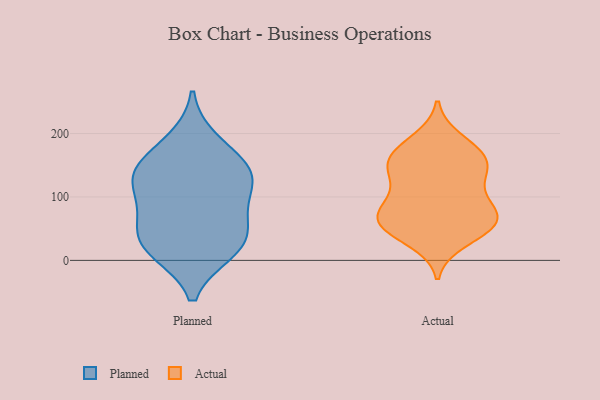
{"axis": {"x": "Temperature (°C)", "y": "Value"}, "legend": ["Actual", "Planned"], "data": [{"x": "", "y": 15, "type": "Planned"}, {"x": "", "y": 188, "type": "Planned"}, {"x": "", "y": 138, "type": "Planned"}, {"x": "", "y": 119, "type": "Planned"}, {"x": "", "y": 24, "type": "Planned"}, {"x": "", "y": 143, "type": "Planned"}, {"x": "", "y": 59, "type": "Planned"}, {"x": "", "y": 146, "type": "Planned"}, {"x": "", "y": 21, "type": "Planned"}, {"x": "", "y": 103, "type": "Planned"}, {"x": "", "y": 59, "type": "Planned"}, {"x": "", "y": 177, "type": "Actual"}, {"x": "", "y": 72, "type": "Actual"}, {"x": "", "y": 136, "type": "Actual"}, {"x": "", "y": 88, "type": "Actual"}, {"x": "", "y": 134, "type": "Actual"}, {"x": "", "y": 50, "type": "Actual"}, {"x": "", "y": 31, "type": "Actual"}, {"x": "", "y": 167, "type": "Actual"}, {"x": "", "y": 57, "type": "Actual"}, {"x": "", "y": 144, "type": "Actual"}, {"x": "", "y": 67, "type": "Actual"}, {"x": "", "y": 190, "type": "Actual"}, {"x": "", "y": 98, "type": "Actual"}, {"x": "", "y": 83, "type": "Actual"}, {"x": "", "y": 54, "type": "Actual"}, {"x": "", "y": 54, "type": "Actual"}, {"x": "", "y": 150, "type": "Actual"}, {"x": "", "y": 161, "type": "Actual"}]}